65_HS1-834228961_62-HQ-83894_Serial_438
Agency: FBI
Page 21
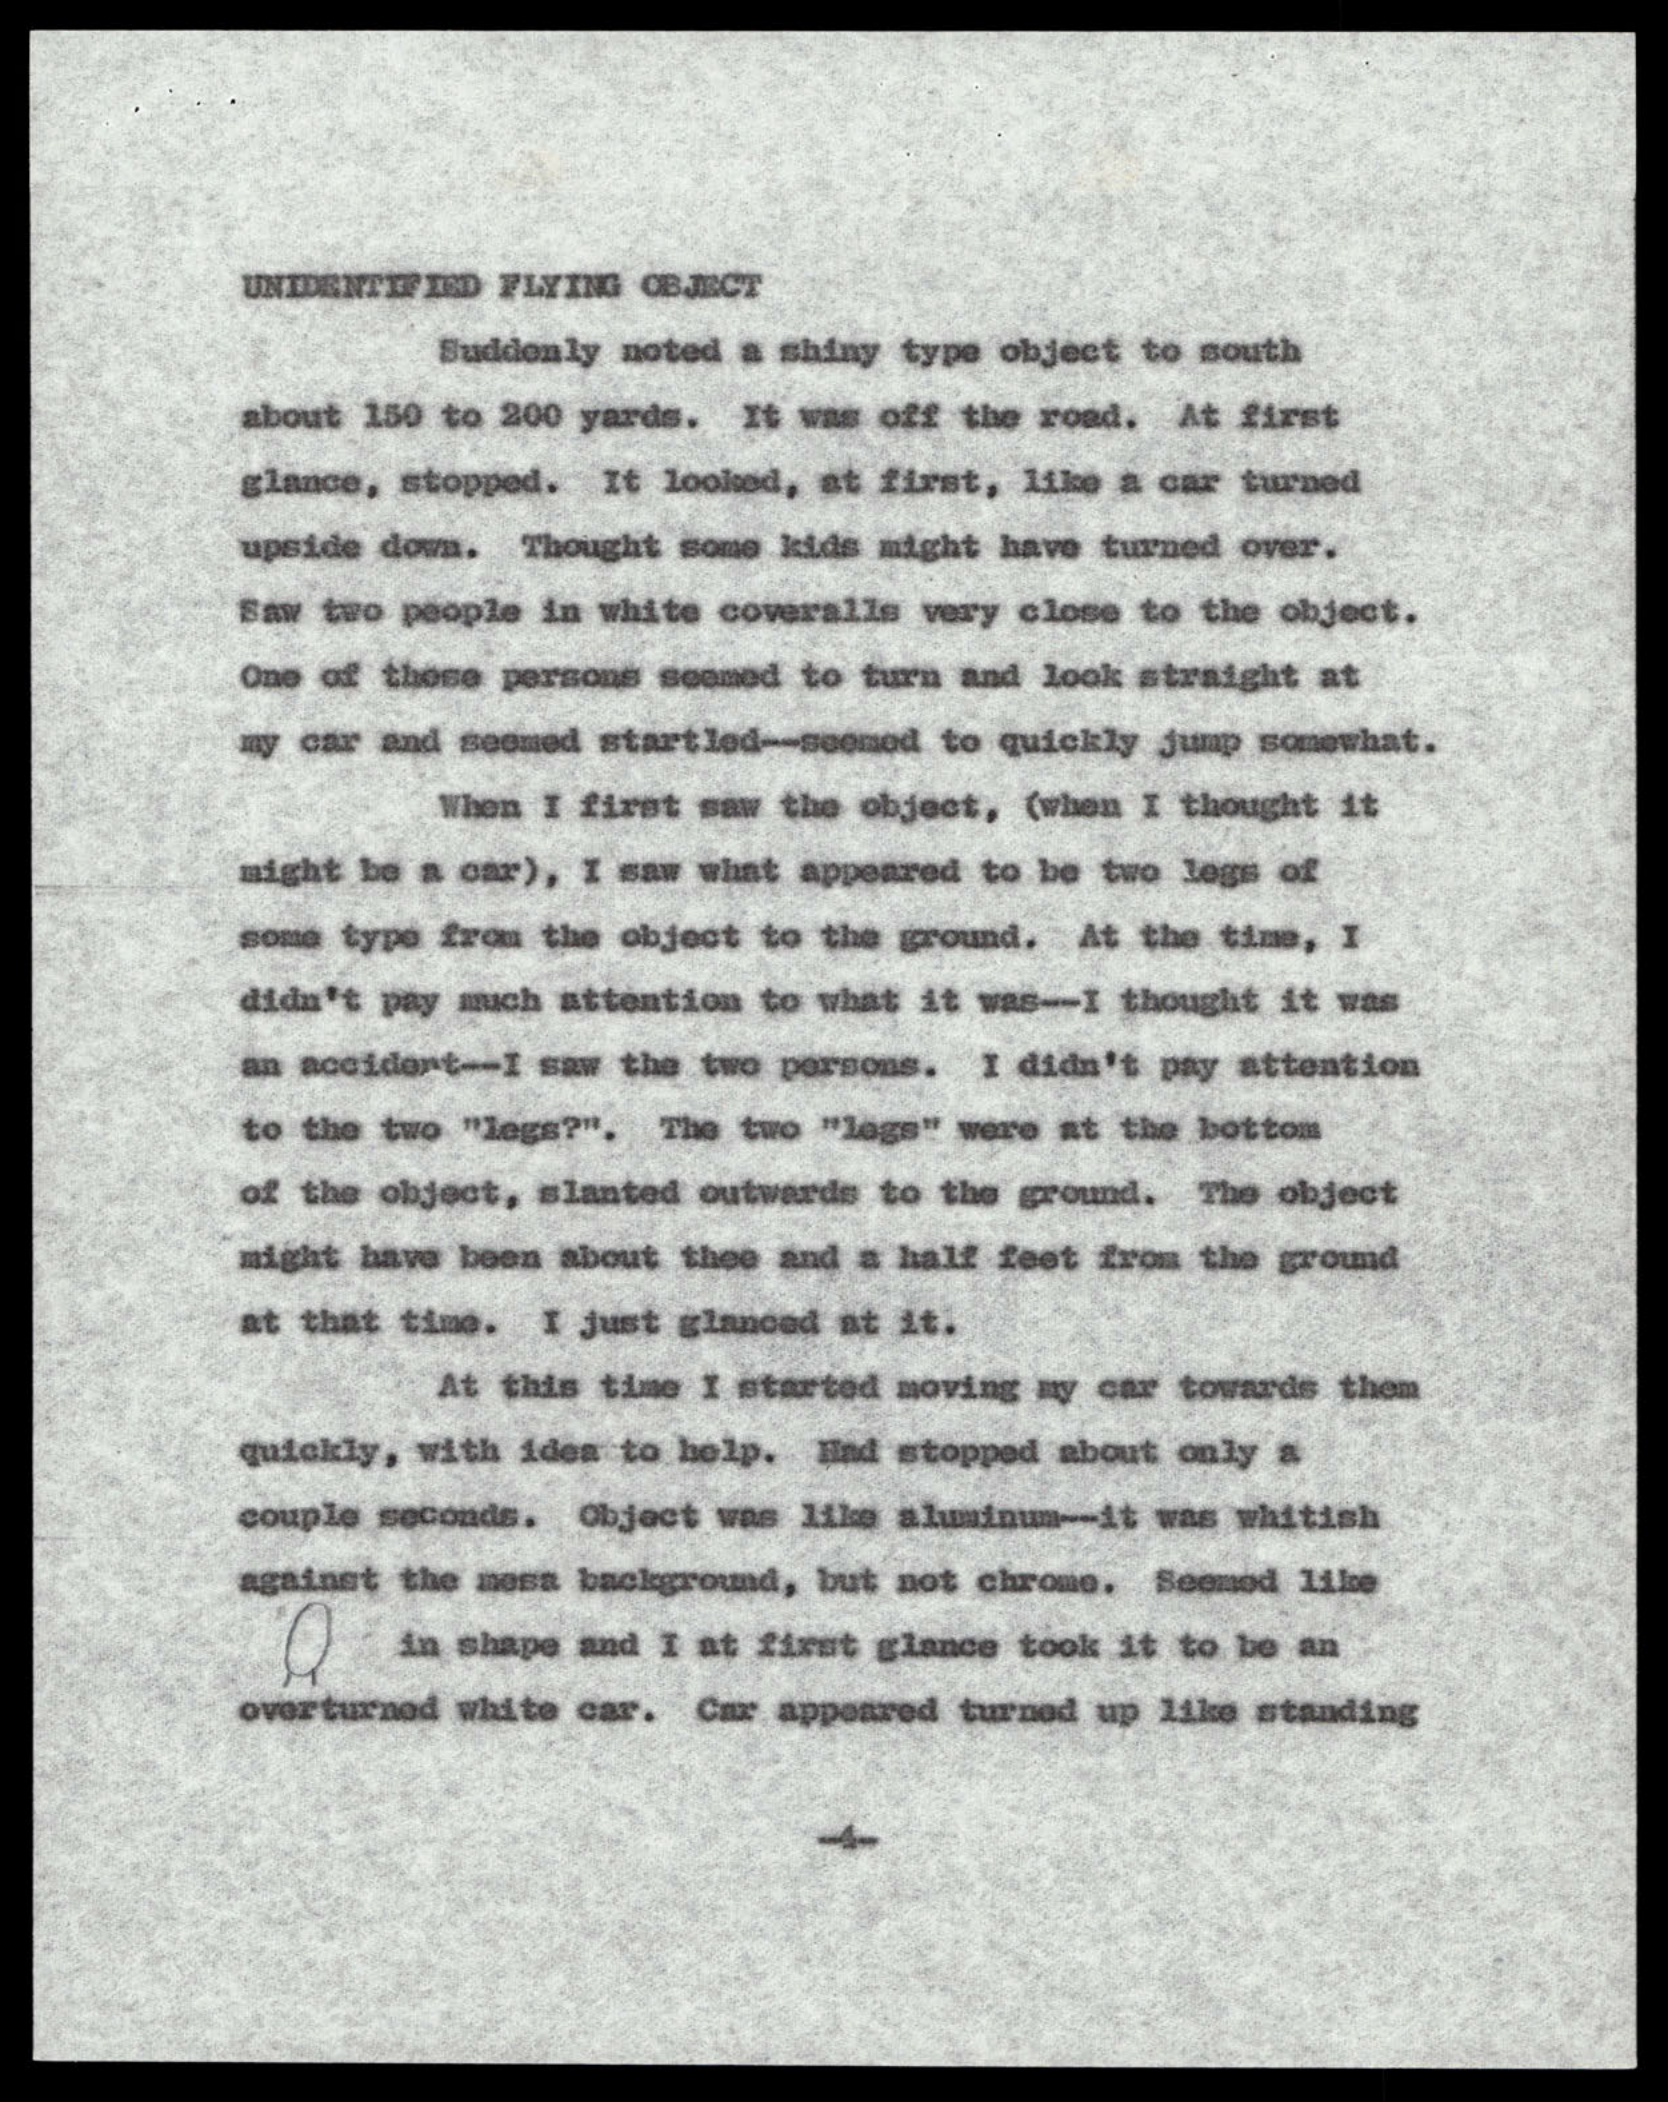